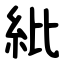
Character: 紕